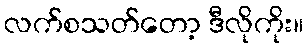
လက်စသတ်တော့ ဒီလိုကိုး။